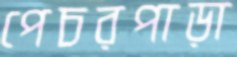
পেচরপাড়া